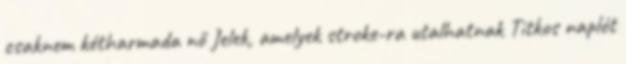
csaknem kétharmada nő Jelek, amelyek stroke-ra utalhatnak Titkos naplót